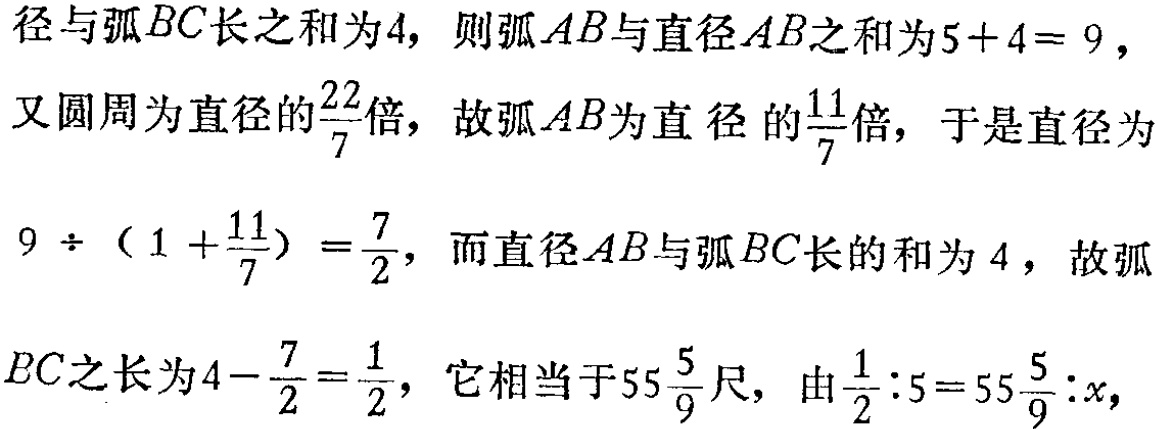
径与弧\(BC\)长之和为\(4\)，则弧\(AB\)与直径\(AB\)之和为\(5 + 4 = 9\)，

又圆周为直径的\(\frac{22}{7}\)倍，故弧\(AB\)为直径的\(\frac{11}{7}\)倍，于是直径为

\(9\div(1 + \frac{11}{7})=\frac{7}{2}\)，而直径\(AB\)与弧\(BC\)长的和为\(4\)，故弧

\(BC\)之长为\(4 - \frac{7}{2}=\frac{1}{2}\)，它相当于\(55\frac{5}{9}\)尺，由\(\frac{1}{2}:5 = 55\frac{5}{9}:x\)，